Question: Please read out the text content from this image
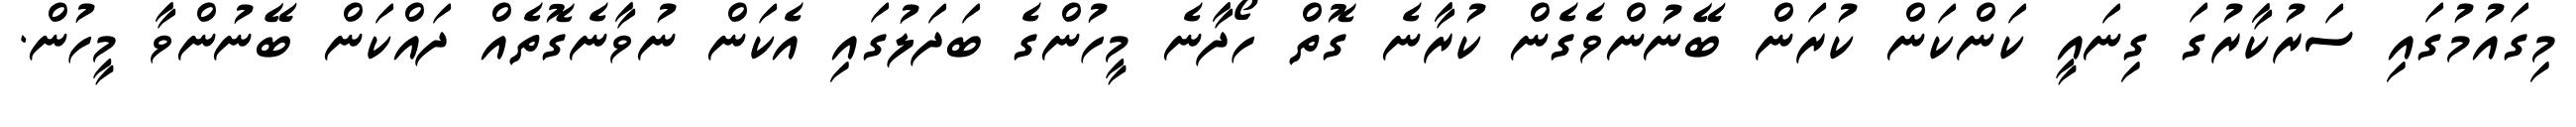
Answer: މިގައުމުގައި ސަރުކާރުގަ ގިނައީ ކަންކަން ކުރަން ބޭނުންވެގެން ކުރާނެ ގޮތް ހޯދާނެ މީހުންގެ ބަދަލުގައި އެކަން ނުވާނެގޮތެއް ދައްކަން ބޭނުންވާ މީހުން.